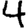
Digit: 4